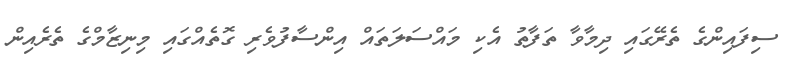
ސިފައިންގެ ތެރޭގައި ދިމާވާ ތަފާތު އެކި މައްސަލަތައް އިންސާފުވެރި ގޮތެއްގައި މިނިޒާމްގެ ތެރެއިން